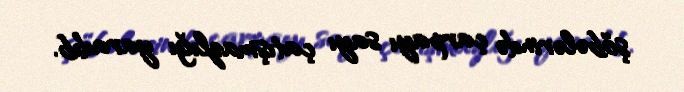
şöbələrində çarpayı sayı çatışmazlığı yaradıb.